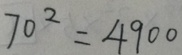
7 0 ^ { 2 } = 4 9 0 0